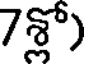
7శ్లో)